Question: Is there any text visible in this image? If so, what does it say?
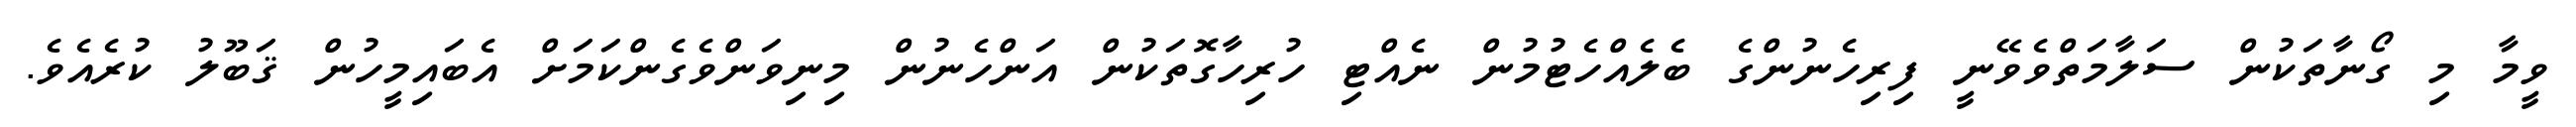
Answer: ވީމާ މި ގޯނާތަކުން ސަލާމަތްވެވޭނީ ފިރިހެނުންގެ ބެލެއްހެޓުމުން ނެއްޓި ހުރިހާގޮތަކުން އަންހެނުން މިނިވަންވެގެންކަމަށް އެބައިމީހުން ޤަބޫލު ކުރެއެވެ.